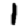
Digit: 1